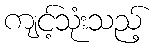
ကျင့်သုံးသည့်